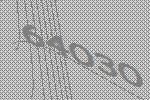
64030